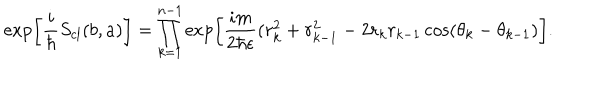
\exp \left[ \frac { i } { \hbar } S _ { c l } ( b , a ) \right] = \prod _ { k = 1 } ^ { n - 1 } \exp \left[ \frac { i m } { 2 \hbar \epsilon } ( r _ { k } ^ { 2 } + r _ { k - 1 } ^ { 2 } - 2 r _ { k } r _ { k - 1 } \cos ( \theta _ { k } - \theta _ { k - 1 } ) \right] .